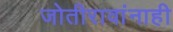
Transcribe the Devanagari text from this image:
जोतीरावांनाही